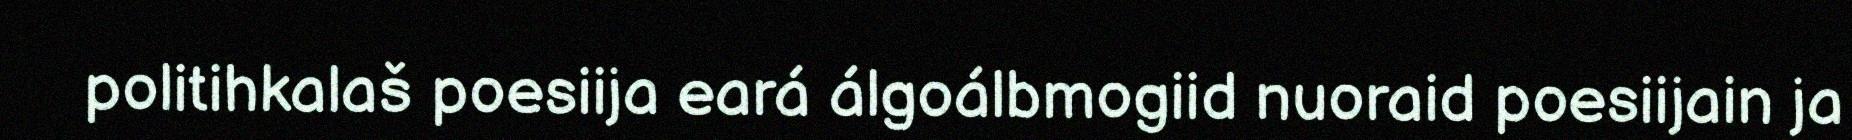
politihkalaš poesiija eará álgoálbmogiid nuoraid poesiijain ja